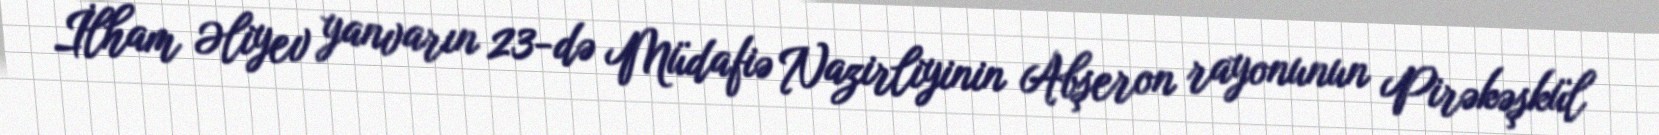
İlham Əliyev yanvarın 23-də Müdafiə Nazirliyinin Abşeron rayonunun Pirəkəşkül